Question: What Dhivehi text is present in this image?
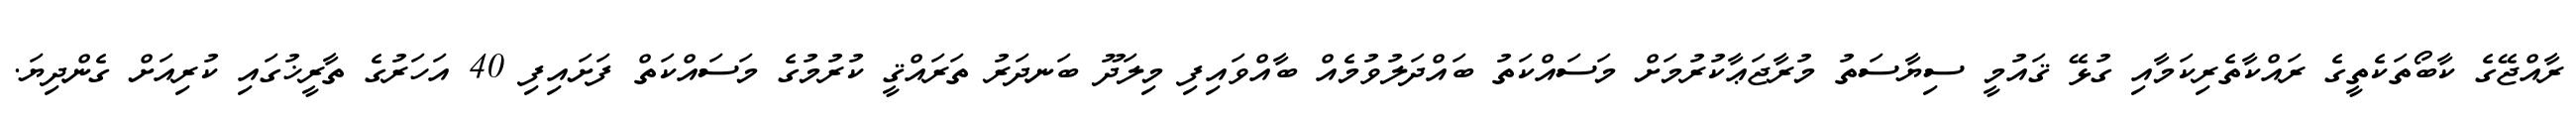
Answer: ރާއްޖޭގެ ކާބޯތަކެތީގެ ރައްކާތެރިކަމާއި ގުޅޭ ޤައުމީ ސިޔާސަތު މުރާޖަޢާކުރުމަށް މަސައްކަތު ބައްދަލުވުމެއް ބާއްވައިފި މިލަދޫ ބަނދަރު ތަރައްޤީ ކުރުމުގެ މަސައްކަތް ފަށައިފި 40 އަހަރުގެ ތާރީޚުގައި ކުރިއަށް ގެންދިޔަ.